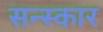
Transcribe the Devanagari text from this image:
सन्स्कार